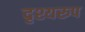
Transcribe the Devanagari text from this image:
दृश्यरुप